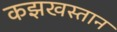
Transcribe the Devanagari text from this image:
कझखस्तान